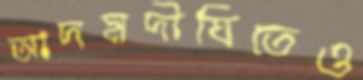
আদমদীঘিতেও